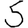
Digit: 5